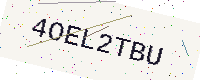
Text: 4OEL2TBU